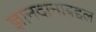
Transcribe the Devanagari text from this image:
ज्ञानदानाबद्दल